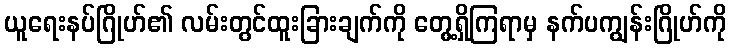
ယူရေးနပ်ဂြိုဟ်၏ လမ်းတွင်ထူးခြားချက်ကို တွေ့ရှိကြရာမှ နက်ပကျွန်းဂြိုဟ်ကို